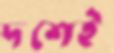
দশেই